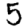
Digit: 5